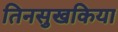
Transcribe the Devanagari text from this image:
तिनसुखकिया